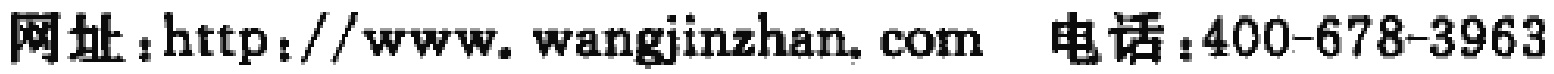
网址：http://www.wangjinzhan.com 电话：400-678-3963